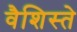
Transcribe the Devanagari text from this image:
वैशिस्ते